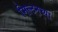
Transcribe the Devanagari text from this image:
मिल्टनच्या